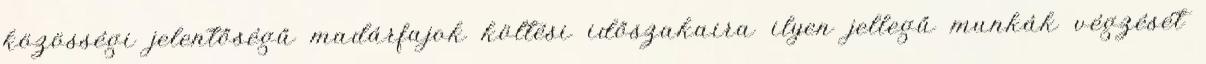
közösségi jelentőségű madárfajok költési időszakaira ilyen jellegű munkák végzését